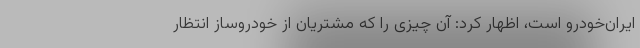
ایران‌خودرو است، اظهار کرد: آن چیزی را که مشتریان از خودروساز انتظار